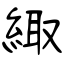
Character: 緅